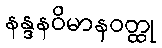
နန္ဒနဝိမာနဝတ္ထု